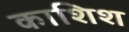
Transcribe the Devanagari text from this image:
काशिश